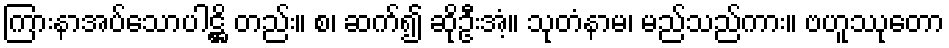
ကြားနာအပ်သောပါဋ္ဌိ တည်း။ စ၊ ဆက်၍ ဆိုဦးအံ့။ သုတံနာမ၊ မည်သည်ကား။ ဗဟူဿုတော